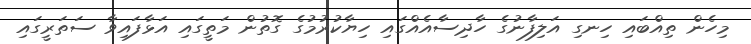
މިހެން ތިއްބައި ހިނގި އަލިފާނުގެ ހާދިސާއެއްގައި ހިޔާކުރުމުގެ ގޮތުން މަތީގައި އަޅާފައިވާ ސަތަރީގައި